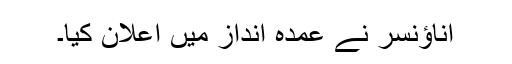
اناؤنسر نے عمدہ انداز میں اعلان کیا۔